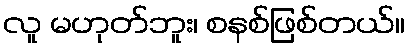
လူ မဟုတ်ဘူး၊ စနစ်ဖြစ်တယ်။